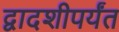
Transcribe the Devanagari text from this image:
द्वादशीपर्यंत